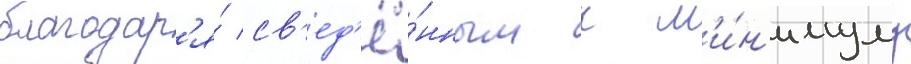
благодар'я́ св'ед'ё́нным к м'и́н'имуму